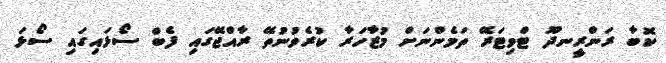
ކޮބާ ރަންރީނދޫ ޓްވިޓަރޭ ތަމެންނަށް މުޒާހަރާ ކުރެވުނުތޭ ރާއްޖޭގައި ފެބް ސޯޅައިގައި ސޯޅަ